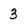
Character: 3